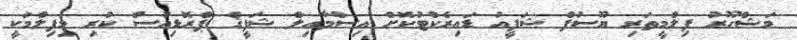
މަޝްހޫރު ފިލްމީތަރި ޔޫސުފް ޝަފީއު ޑައިރެކްޓުކޮށް އިސްމާއިލް ޝަފީޤް ޕްރޮޑިއުސް ކުރި މިފިލްމަކީ